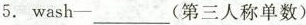
5. wash-___(第三人称单数)